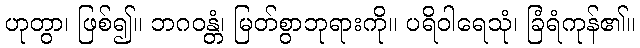
ဟုတွာ၊ ဖြစ်၍။ ဘဂဝန္တံ၊ မြတ်စွာဘုရားကို။ ပရိဝါရေသုံ၊ ခြံရံကုန်၏။